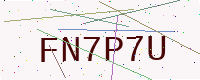
Text: FN7P7U